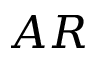
A R